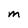
Character: m